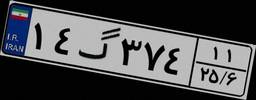
۱۴گ۳۷۴۱۱